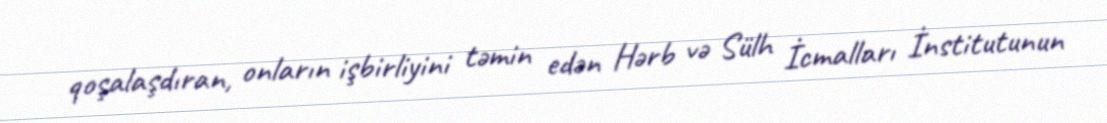
qoşalaşdıran, onların işbirliyini təmin edən Hərb və Sülh İcmalları İnstitutunun